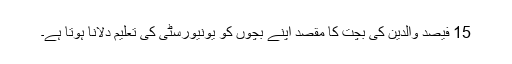
15 فیصد والدین کی بچت کا مقصد اپنے بچوں کو یونیورسٹی کی تعلیم دلانا ہوتا ہے۔